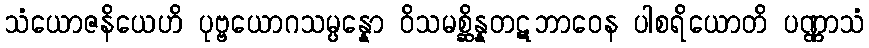
သံယောဇနိယေဟိ ပုဗ္ဗယောဂသမ္ပန္နော ဝိသမစ္ဆိန္နတဋဘာဝေန ပါစရိယောတိ ပဏ္ဏာသံ